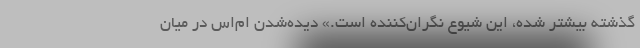
گذشته بیشتر شده، این شیوع نگران‌کننده است.» دیده‌شدن ام‌اس در میان